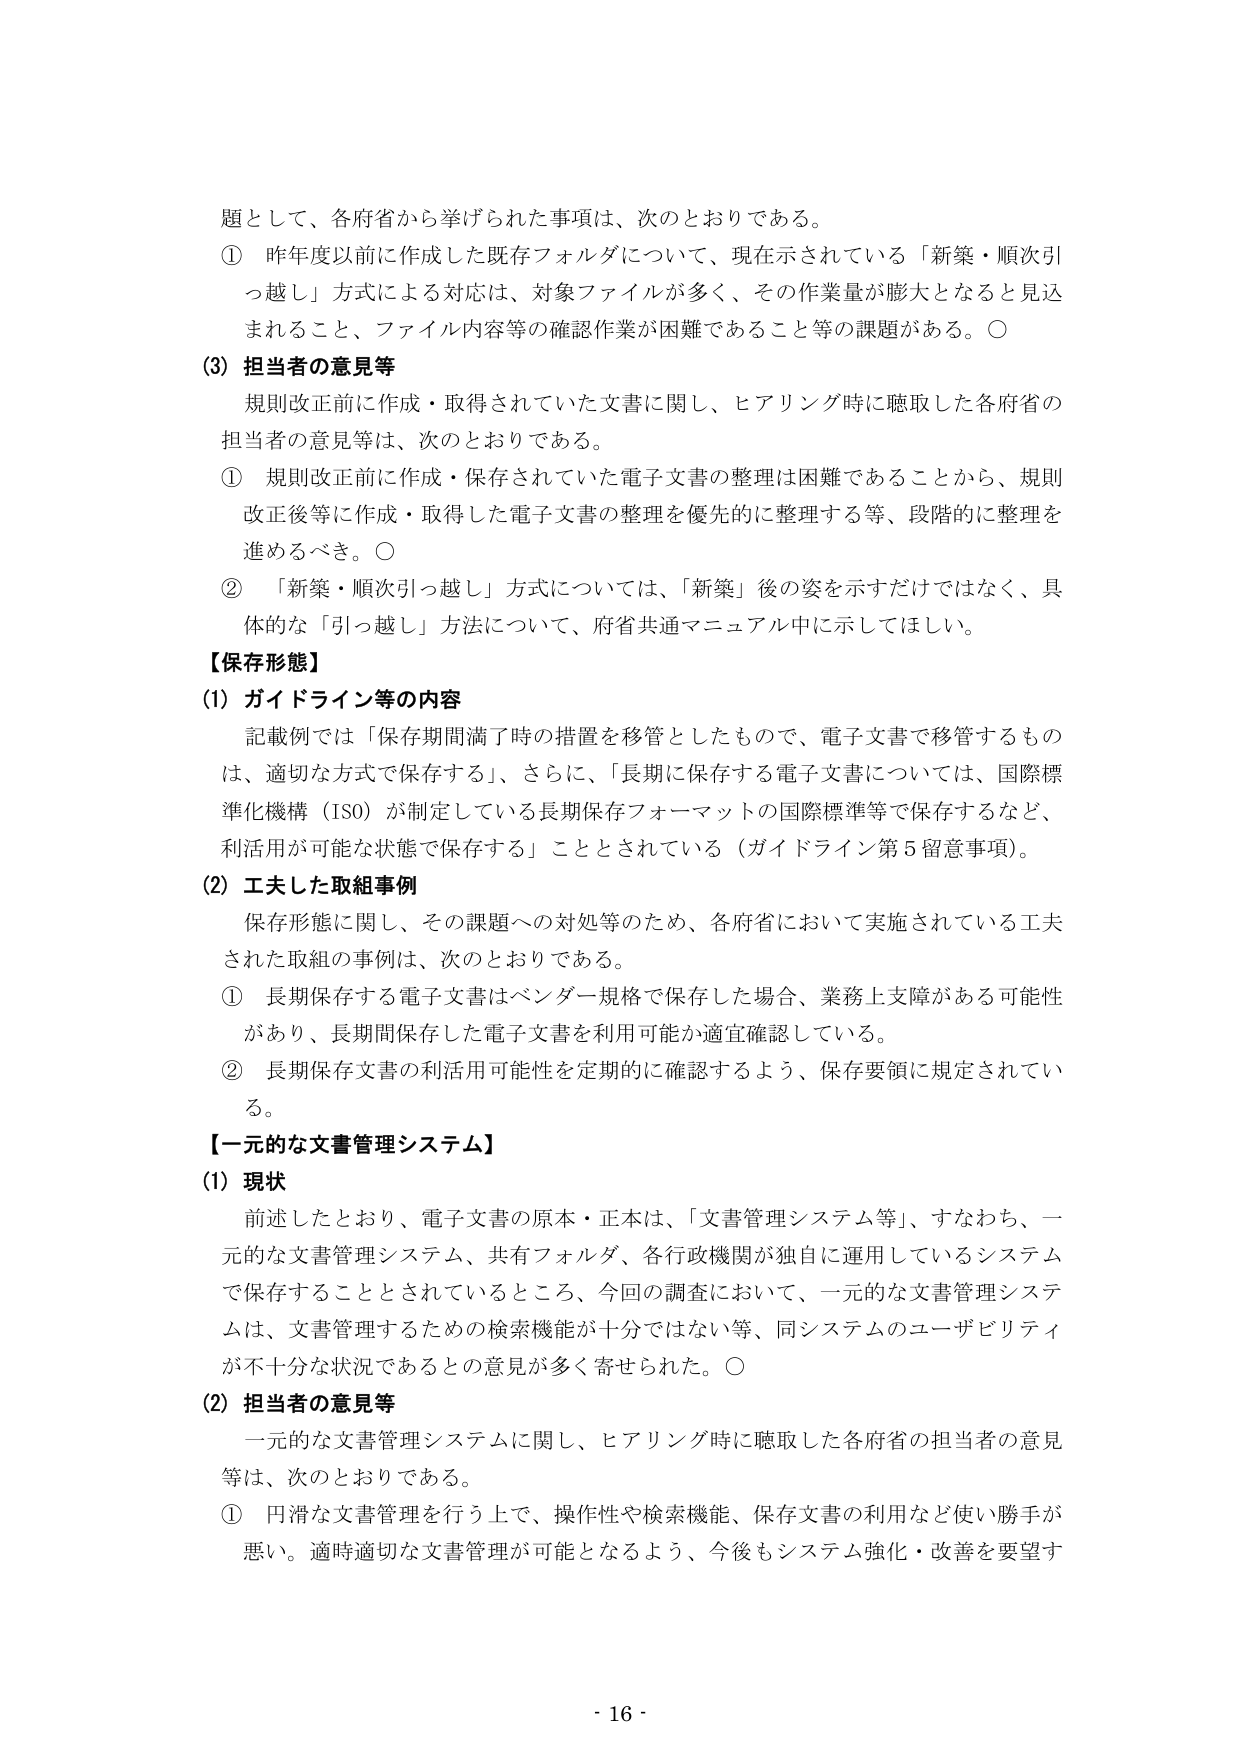
題として、各府省から挙げられた事項は、次のとおりである。
① 昨年度以前に作成した既存フォルダについて、現在示されている「新築・順次引っ越しが対応は、対象ファイルが多く、その作業量が膨大となると見込まれること、ファイル内容等の確認作業が困難であること等の課題がある。○
(3) 担当者の意見等
規則改正前に作成・取得されていた文書に関し、ヒアリング時に聴取した各府省の担当者の意見等は、次のとおりである。
① 規則改正前に作成・保存されていた電子文書の整理は困難であることから、規則改正後等に作成・取得した電子文書の整理を優先的に整理する等、段階的に整理を進めるべき。○
② 「新築・順次引っ越し」方式については、「新築」後の姿を示すだけではなく、具体的な「引っ越し」方法について、府省共通マニュアル中に示してほしい。
【保存形態】
(1) ガイドライン等の内容
記載例では「保存期間満了時の措置を移管としたもので、電子文書で移管するものは、適切な方式で保存する」、さらに、「長期に保存する電子文書については、国際標準化機構（ISO）が制定している長期保存フォーマットの国際標準等で保存するなど、利活用が可能な状態で保存する」こととされている（ガイドライン第5留意事項）。
(2) 工夫した取組事例
保存形態に関し、その課題への対処等のため、各府省において実施されている工夫された取組の事例は、次のとおりである。
① 長期保存する電子文書はベンダー規格で保存した場合、業務上支障がある可能性があり、長期間保存した電子文書を利用可能か適宜確認している。
② 長期保存文書の利活用可能性を定期的に確認するよう、保存要領に規定されている。
【一元的な文書管理システム】
(1) 現状
前述したとおり、電子文書の原本・正本は、「文書管理システム等」、すなわち、一元的な文書管理システム、共有フォルダ、各行政機関が独自に運用しているシステムで保存することとされているところ、今回の調査において、一元的な文書管理システムは、文書管理するための検索機能が十分ではない等、同システムのユーザビリティが不十分な状況であるとの意見が多く寄せられた。○
(2) 担当者の意見等
一元的な文書管理システムに関し、ヒアリング時に聴取した各府省の担当者の意見等は、次のとおりである。
① 円滑な文書管理を行う上で、操作性や検索機能、保存文書の利用など使い勝手が悪い。適時適切な文書管理が可能となるよう、今後もシステム強化・改善を要望す
- 16 -